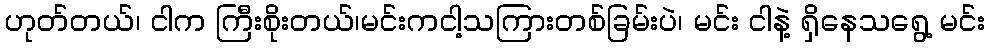
ဟုတ်တယ်၊ ငါက ကြီးစိုးတယ်၊မင်းကငါ့သကြားတစ်ခြမ်းပဲ၊ မင်း ငါနဲ့ ရှိနေသရွေ့ မင်း